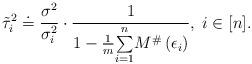
LaTeX: \begin{align*}\tilde{\tau}_{i}^{2} & \doteq\frac{\sigma^{2}}{\sigma_{i}^{2}}\cdot\frac{1}{1-\frac{1}{m}\overset{n}{\underset{i=1}{\sum}}M^{\#}\left(\epsilon_{i}\right)},\; i\in[n].\end{align*}